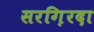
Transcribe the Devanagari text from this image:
सरग़िरदा